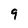
Character: 9